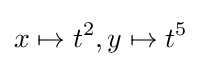
x\mapsto t^{2},y\mapsto t^{5}